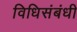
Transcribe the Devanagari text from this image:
विधिसंबंधी